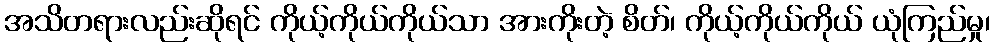
အသိတရားလည်းဆိုရင် ကိုယ့်ကိုယ်ကိုယ်သာ အားကိုးတဲ့ စိတ်၊ ကိုယ့်ကိုယ်ကိုယ် ယုံကြည်မှု၊